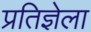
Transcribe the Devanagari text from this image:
प्रतिज्ञेला